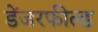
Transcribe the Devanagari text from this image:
डेंजरफील्ड